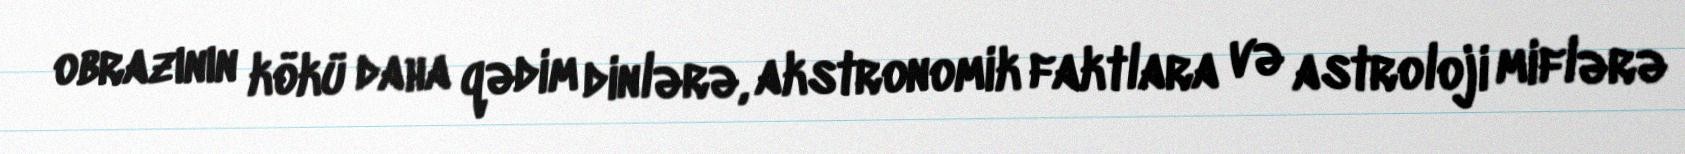
obrazının kökü daha qədim dinlərə, akstronomik faktlara və astroloji miflərə